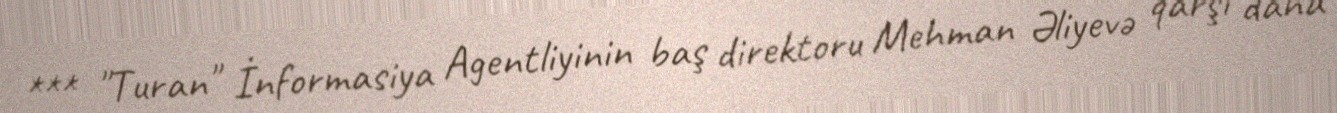
*** "Turan" İnformasiya Agentliyinin baş direktoru Mehman Əliyevə qarşı daha